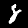
Label: 8